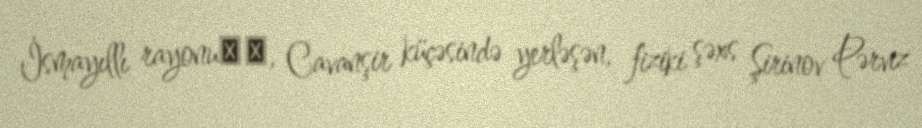
İsmayıllı rayonu‎‎, Cavanşir küçəsində yerləşən, fiziki şəxs Şirinov Pərviz